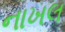
નાખલ